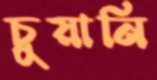
চুয়ানি